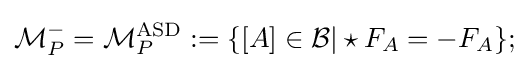
{\mathcal {M}}_{P}^{-}={\mathcal {M}}_{P}^{\mathrm {ASD} }:=\{[A]\in {\mathcal {B}}|\star F_{A}=-F_{A}\};